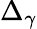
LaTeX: \Delta_{\gamma}